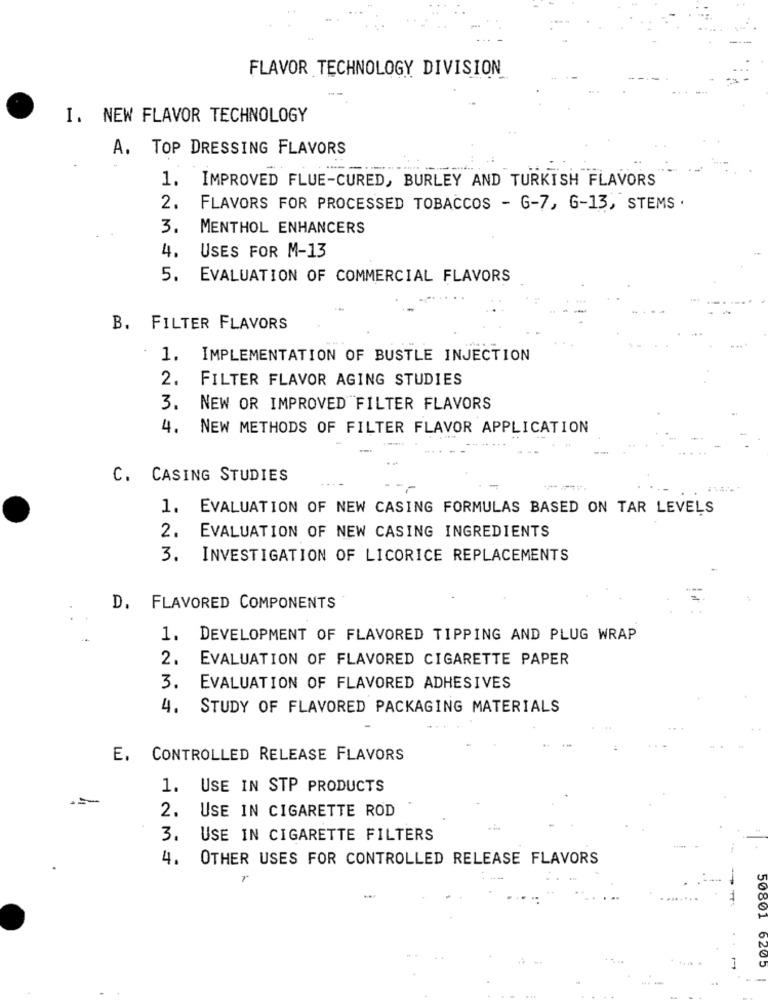
FLAVOR TECHNOLOGY DIVISION
I. NEW FLAVOR TECHNOLOGY
A. TOP DRESSING FLAVORS
1. IMPROVED FLUE-CURED, BURLEY AND TURKISH FLAVORS
2. FLAVORS FOR PROCESSED TOBACCOS - G-7, 6-13, STEMS .
3. MENTHOL ENHANCERS
USES FOR M-13
4.
5. EVALUATION OF COMMERCIAL FLAVORS
B. FILTER FLAVORS
-
1.
IMPLEMENTATION OF BUSTLE INJECTION
2.
FILTER FLAVOR AGING STUDIES
3.
NEW OR IMPROVED FILTER FLAVORS
4. NEW METHODS OF FILTER FLAVOR APPLICATION
C. CASING STUDIES
1. EVALUATION OF NEW CASING FORMULAS BASED ON TAR LEVELS
2. EVALUATION OF NEW CASING INGREDIENTS
3. INVESTIGATION OF LICORICE REPLACEMENTS
D. FLAVORED COMPONENTS
1. DEVELOPMENT OF FLAVORED TIPPING AND PLUG WRAP
2. EVALUATION OF FLAVORED CIGARETTE PAPER
3. EVALUATION OF FLAVORED ADHESIVES
4. STUDY OF FLAVORED PACKAGING MATERIALS
E. CONTROLLED RELEASE FLAVORS
1.
USE IN STP PRODUCTS
2. USE IN CIGARETTE ROD
3. USE IN CIGARETTE FILTERS
4.
OTHER USES FOR CONTROLLED RELEASE FLAVORS
r
-T
50801
6205